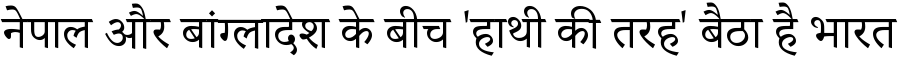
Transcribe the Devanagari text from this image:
नेपाल और बांग्लादेश के बीच 'हाथी की तरह' बैठा है भारत